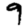
Digit: 9